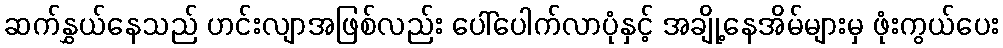
ဆက်နွှယ်နေသည် ဟင်းလျာအဖြစ်လည်း ပေါ်ပေါက်လာပုံနှင့် အချို့နေအိမ်များမှ ဖုံးကွယ်ပေး